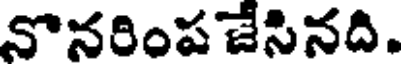
నొనరింపజేసినది.